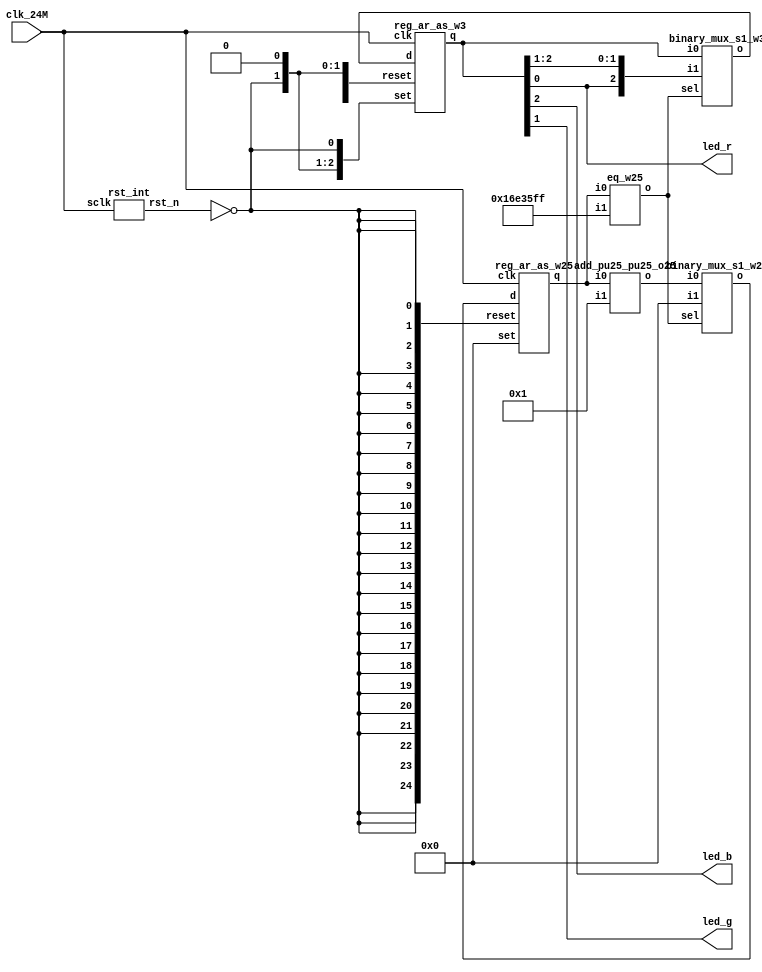
// Verilog netlist created by TD v4.6.12906
// Wed Jul 24 13:47:57 2019

`timescale 1ns / 1ps
module Running_led  // rgb_led.v(14)
  (
  clk_24M,
  led_b,
  led_g,
  led_r
  );

  input clk_24M;  // rgb_led.v(15)
  output led_b;  // rgb_led.v(18)
  output led_g;  // rgb_led.v(17)
  output led_r;  // rgb_led.v(16)

  parameter CNT = 24000000;
  wire [24:0] cnt_time;  // rgb_led.v(31)
  wire [2:0] led_rgb;  // rgb_led.v(22)
  wire [24:0] n2;
  wire [24:0] n3;
  wire [2:0] n4;
  wire n0;
  wire n1;
  wire rst_n;  // rgb_led.v(21)

  add_pu25_pu25_o25 add0 (
    .i0(cnt_time),
    .i1(25'b0000000000000000000000001),
    .o(n2));  // rgb_led.v(40)
  eq_w25 eq0 (
    .i0(cnt_time),
    .i1(25'b1011011100011010111111111),
    .o(n1));  // rgb_led.v(37)
  binary_mux_s1_w25 mux0 (
    .i0(n2),
    .i1(25'b0000000000000000000000000),
    .sel(n1),
    .o(n3));  // rgb_led.v(40)
  binary_mux_s1_w3 mux1 (
    .i0(led_rgb),
    .i1({led_rgb[0],led_rgb[2:1]}),
    .sel(n1),
    .o(n4));  // rgb_led.v(50)
  reg_ar_as_w25 reg0 (
    .clk(clk_24M),
    .d(n3),
    .reset({n0,n0,n0,n0,n0,n0,n0,n0,n0,n0,n0,n0,n0,n0,n0,n0,n0,n0,n0,n0,n0,n0,n0,n0,n0}),
    .set(25'b0000000000000000000000000),
    .q(cnt_time));  // rgb_led.v(40)
  reg_ar_as_w3 reg1 (
    .clk(clk_24M),
    .d(n4),
    .reset({1'b0,n0,1'b0}),
    .set({n0,1'b0,n0}),
    .q(led_rgb));  // rgb_led.v(50)
  not u2 (n0, rst_n);  // rgb_led.v(35)
  buf u3 (led_r, led_rgb[0]);  // rgb_led.v(53)
  buf u4 (led_g, led_rgb[1]);  // rgb_led.v(54)
  buf u5 (led_b, led_rgb[2]);  // rgb_led.v(55)
  rst_int ux_rst (
    .sclk(clk_24M),
    .rst_n(rst_n));  // rgb_led.v(24)

endmodule 

module add_pu25_pu25_o25
  (
  i0,
  i1,
  o
  );

  input [24:0] i0;
  input [24:0] i1;
  output [24:0] o;



endmodule 

module eq_w25
  (
  i0,
  i1,
  o
  );

  input [24:0] i0;
  input [24:0] i1;
  output o;



endmodule 

module binary_mux_s1_w25
  (
  i0,
  i1,
  sel,
  o
  );

  input [24:0] i0;
  input [24:0] i1;
  input sel;
  output [24:0] o;



endmodule 

module binary_mux_s1_w3
  (
  i0,
  i1,
  sel,
  o
  );

  input [2:0] i0;
  input [2:0] i1;
  input sel;
  output [2:0] o;



endmodule 

module reg_ar_as_w25
  (
  clk,
  d,
  en,
  reset,
  set,
  q
  );

  input clk;
  input [24:0] d;
  input en;
  input [24:0] reset;
  input [24:0] set;
  output [24:0] q;



endmodule 

module reg_ar_as_w3
  (
  clk,
  d,
  en,
  reset,
  set,
  q
  );

  input clk;
  input [2:0] d;
  input en;
  input [2:0] reset;
  input [2:0] set;
  output [2:0] q;



endmodule 

module rst_int  // rst.v(9)
  (
  sclk,
  rst_n
  );

  input sclk;  // rst.v(11)
  output rst_n;  // rst.v(12)

  wire [3:0] counter;  // rst.v(15)
  wire [3:0] n1;
  wire [3:0] n2;
  wire n0;

  add_pu4_pu4_o4 add0 (
    .i0(counter),
    .i1(4'b0001),
    .o(n1));  // rst.v(22)
  eq_w4 eq0 (
    .i0(counter),
    .i1(4'b1111),
    .o(n0));  // rst.v(19)
  binary_mux_s1_w4 mux0 (
    .i0(n1),
    .i1(4'b1111),
    .sel(n0),
    .o(n2));  // rst.v(22)
  reg_ar_as_w4 reg0 (
    .clk(sclk),
    .d(n2),
    .reset(4'b0000),
    .set(4'b0000),
    .q(counter));  // rst.v(23)
  AL_DFF rst_n_reg (
    .clk(sclk),
    .d(n0),
    .reset(1'b0),
    .set(1'b0),
    .q(rst_n));  // rst.v(31)

endmodule 

module add_pu4_pu4_o4
  (
  i0,
  i1,
  o
  );

  input [3:0] i0;
  input [3:0] i1;
  output [3:0] o;



endmodule 

module eq_w4
  (
  i0,
  i1,
  o
  );

  input [3:0] i0;
  input [3:0] i1;
  output o;



endmodule 

module binary_mux_s1_w4
  (
  i0,
  i1,
  sel,
  o
  );

  input [3:0] i0;
  input [3:0] i1;
  input sel;
  output [3:0] o;



endmodule 

module reg_ar_as_w4
  (
  clk,
  d,
  en,
  reset,
  set,
  q
  );

  input clk;
  input [3:0] d;
  input en;
  input [3:0] reset;
  input [3:0] set;
  output [3:0] q;



endmodule 

module AL_DFF
  (
  input reset,
  input set,
  input clk,
  input d,
  output reg q
  );

  parameter INI = 1'b0;

  always @(posedge reset or posedge set or posedge clk)
  begin
    if (reset)
      q <= 1'b0;
    else if (set)
      q <= 1'b1;
    else
      q <= d;
  end

endmodule